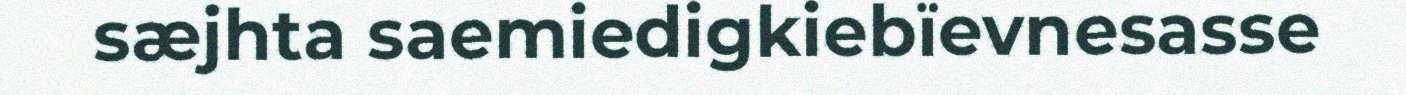
sæjhta saemiedigkiebïevnesasse